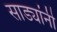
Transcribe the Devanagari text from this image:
साड्यांनी